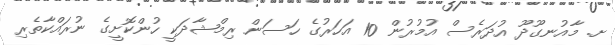
ށ. މާއުނގޫދޫ އުދަރެސް އުމުރުން 10 އަހަރުގެ ހަސަން ރިމްޝާދަކީ ހުންކޮށީގެ ނުރައްކާތެރި